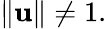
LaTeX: \| \mathbf{u}\| \neq1.